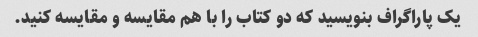
یک پاراگراف بنویسید که دو کتاب را با هم مقایسه و مقایسه کنید.